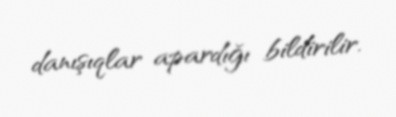
danışıqlar apardığı bildirilir.